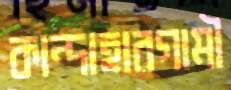
কান্দাহারগামী